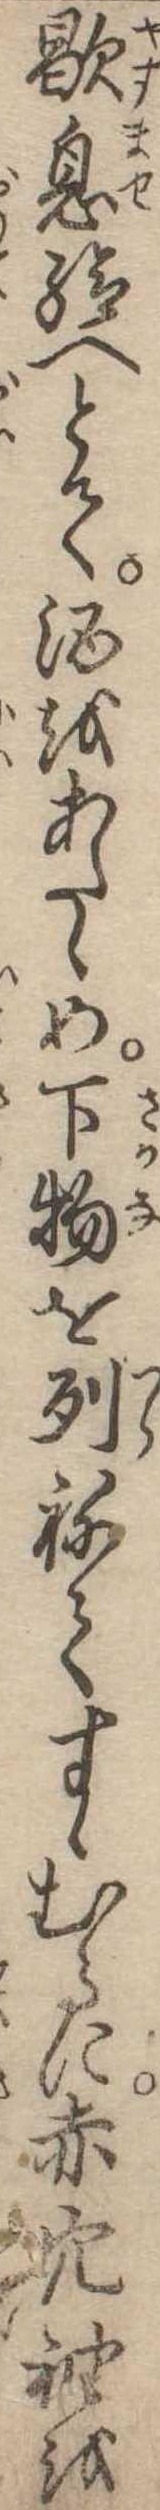
歇息給へとて酒をあたゝめ下物を列ねてすゝむるに赤穴袖を